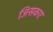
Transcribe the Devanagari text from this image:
जिसकए